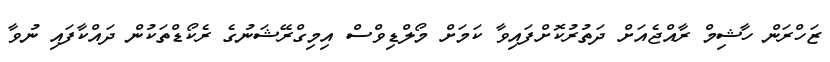
ޒަހްރަން ހާޝިމް ރާއްޖެއަށް ދަތުރުކޮށްފައިވާ ކަމަށް މޯލްޑިވްސް އިމިގްރޭޝަނުގެ ރެކޯޑްތަކުން ދައްކާފައި ނުވާ